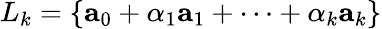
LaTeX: L_{k}=\{ {\mathbf{a}}_{0}+\alpha_{1}{\mathbf{a}}_{1}+\dots+\alpha_{k}{\mathbf{a}}_{k}\}